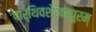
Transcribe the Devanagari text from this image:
पार्थिवशेखरपुरम्